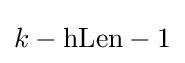
k-\mathrm {hLen} -1